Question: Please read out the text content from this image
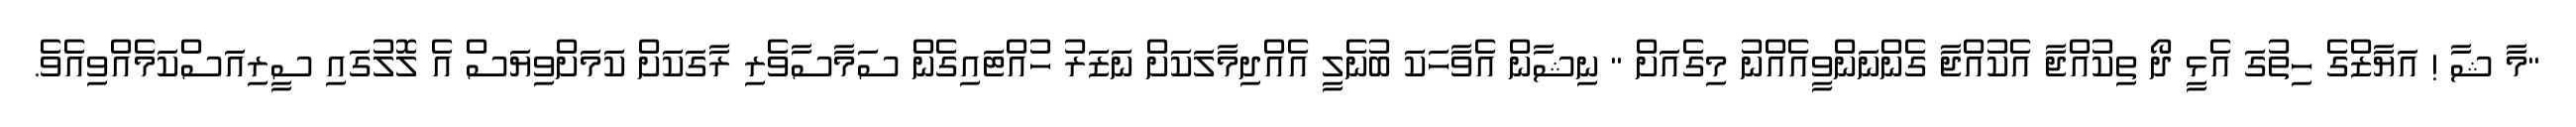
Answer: "މާ ޝާ ! އަޔާޒްގެ ހިތުގަ އެޅީ ދޯ ތިކުއްޖާ އެކުއްޖާ ގެންނަންވީއެއްނު މިގެއަށް " ނިޝާން އެވާހަކަ ބުނެލީ އެއްދިމާލަކަށް ނަޒަރު ހުއްޓައިގެން ސަމާސާވެރި ރާގަކަށް ކަމަށްވިޔަސް އެ ލޮލުގައި ސީރިއަސްކަމެއްވިއެވެ.